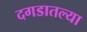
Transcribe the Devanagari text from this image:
दगडातल्या